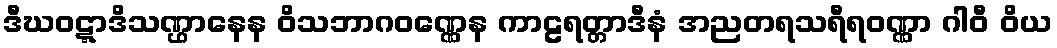
ဒီဃဝဋ္ဋာဒိသဏ္ဌာနေန ဝိသဘာဂဝဏ္ဏေန ကာဠရတ္တာဒီနံ အညတရသရီရဝဏ္ဏာ ဂါဝီ ဝိယ